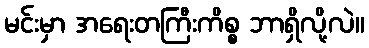
မင်းမှာ အရေးတကြီးကိစ္စ ဘာရှိလို့လဲ။